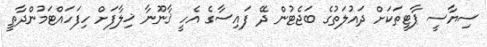
ސިޔާސީ ޕާޓީތަކަށް ދައުލަތުގެ ބަޖެޓުން ދޭ ފައިސާގެ އެހީ ޤާނޫނާ ޚިލާފަށް ހިފަހައްޓަމުންދާތީ